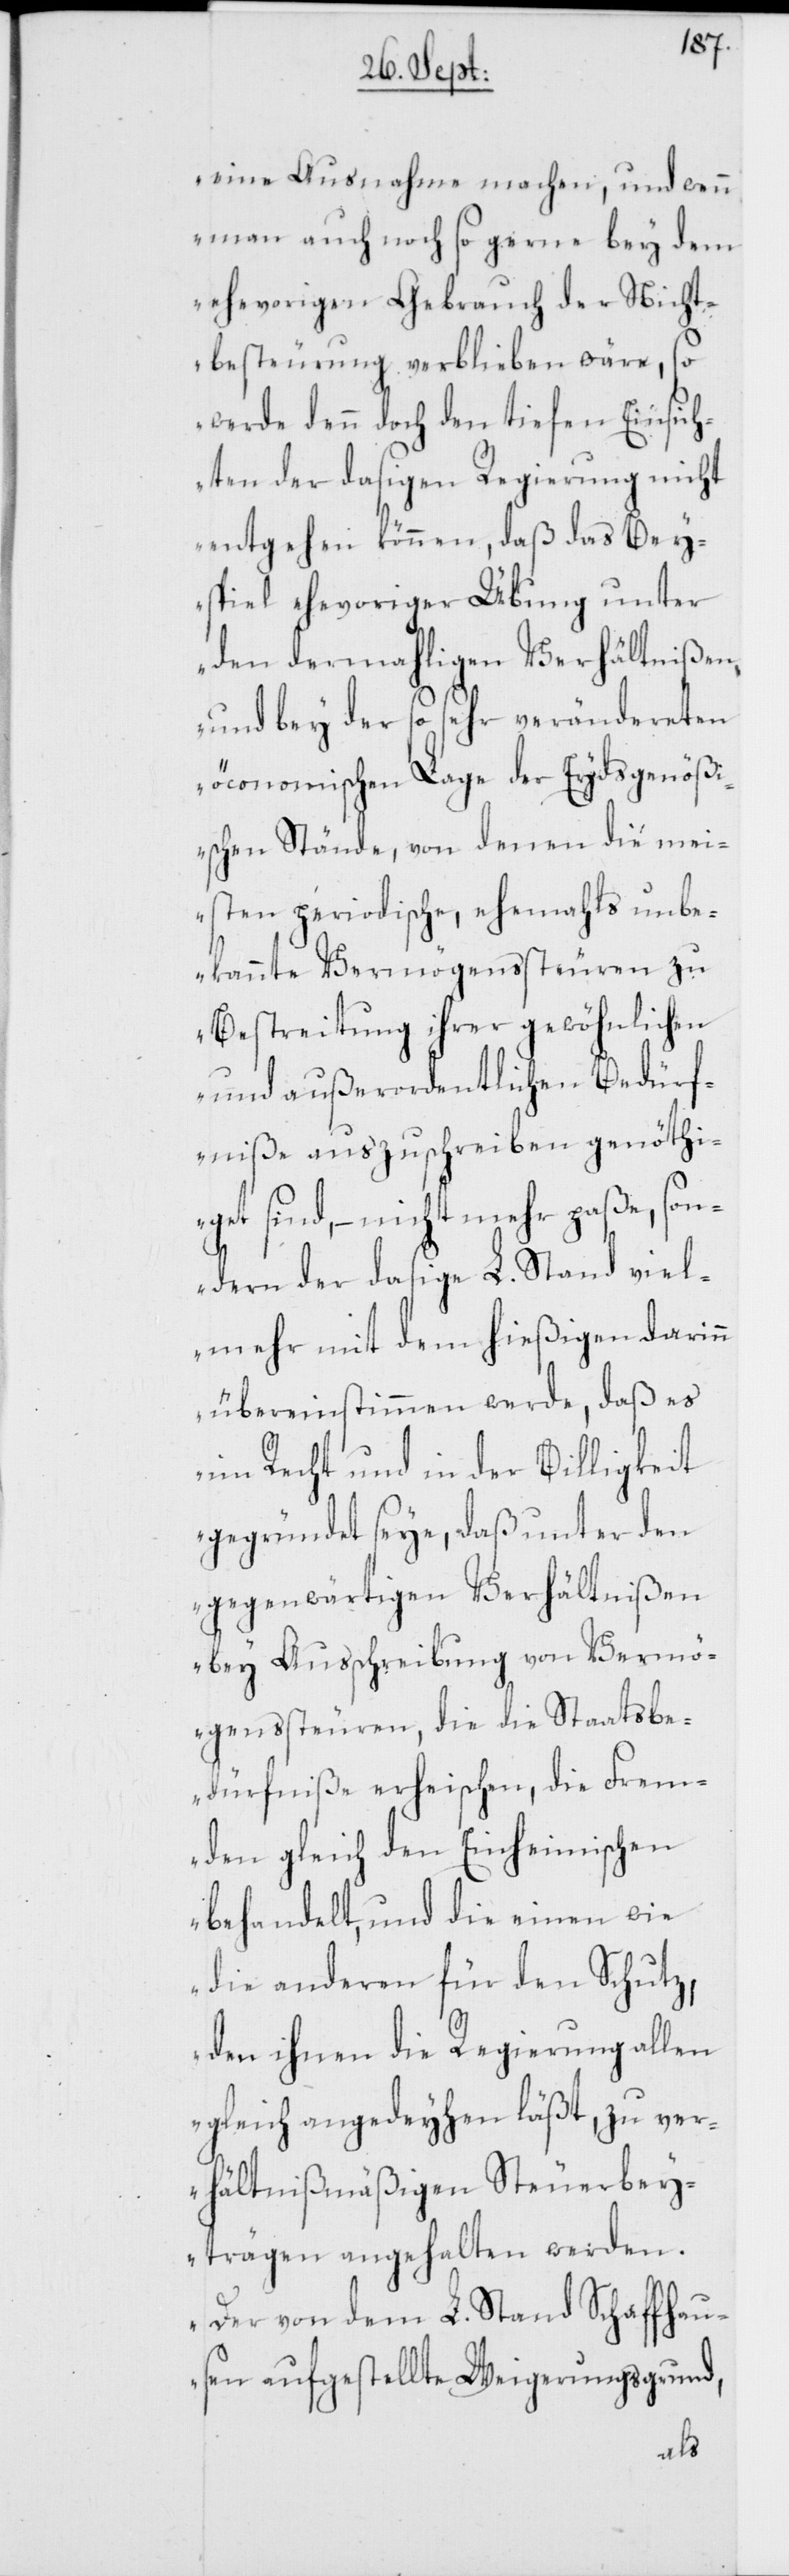
eine Ausnahme machen, und wenn
man auch noch so gerne bey dem
ehevorigen Gebrauch der Nicht¬
besteurung verblieben wäre, so
werde denn doch den tiefen Einsich¬
ten der dasigen Regierung nicht
entgehen können, daß das Bey¬
spiel ehevoriger Übung unter
den dermahligen Verhältnißen,
und bey der so sehr verändereten
öconomischen Lage der Eydsgenöß¬
ischen Stände, von denen die mei¬
sten periodische, ehemahls unbe¬
kannte Vermögenssteuren zu
Bestreitung ihrer gewöhnlichen
und außerordentlichen Bedürf¬
niße auszuschreiben genöthi¬
get sind, – nicht mehr paße, son¬
dern der dasige L. Stand viel¬
mehr mit dem hießigen darin¬
n übereinstimmen werde, daß es
im Recht und in der Billigkeit
gegründet seye, daß unter den
gegenwärtigen Verhältnißen
bey Ausschreibung von Vermö¬
genssteuren, die die Staatsbe¬
dürfniße erheischen, die Frem¬
den gleich den Einheimischen
behandelt, und die einen wie
die anderen für den Schutz,
den ihnen die Regierung allen
gleich angedeyhen läßt, zu ver¬
hältnißmäßigen Steuerbey¬
trägen angehalten werden.
Der von dem L. Stand Schaffhau¬
sen aufgestellte Weigerungsgrund,